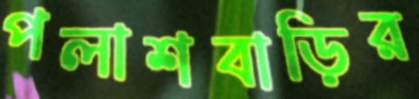
পলাশবাড়ির